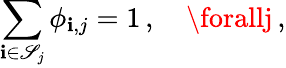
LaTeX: \sum_{\mathbf{i}\in\mathscr{{S}}_{j}}\phi_{\mathbf{i},j}=1\, ,\quad\forallj\, ,